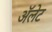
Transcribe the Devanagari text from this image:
ॲलेट